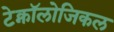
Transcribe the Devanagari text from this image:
टेक्नॉलोजिकल